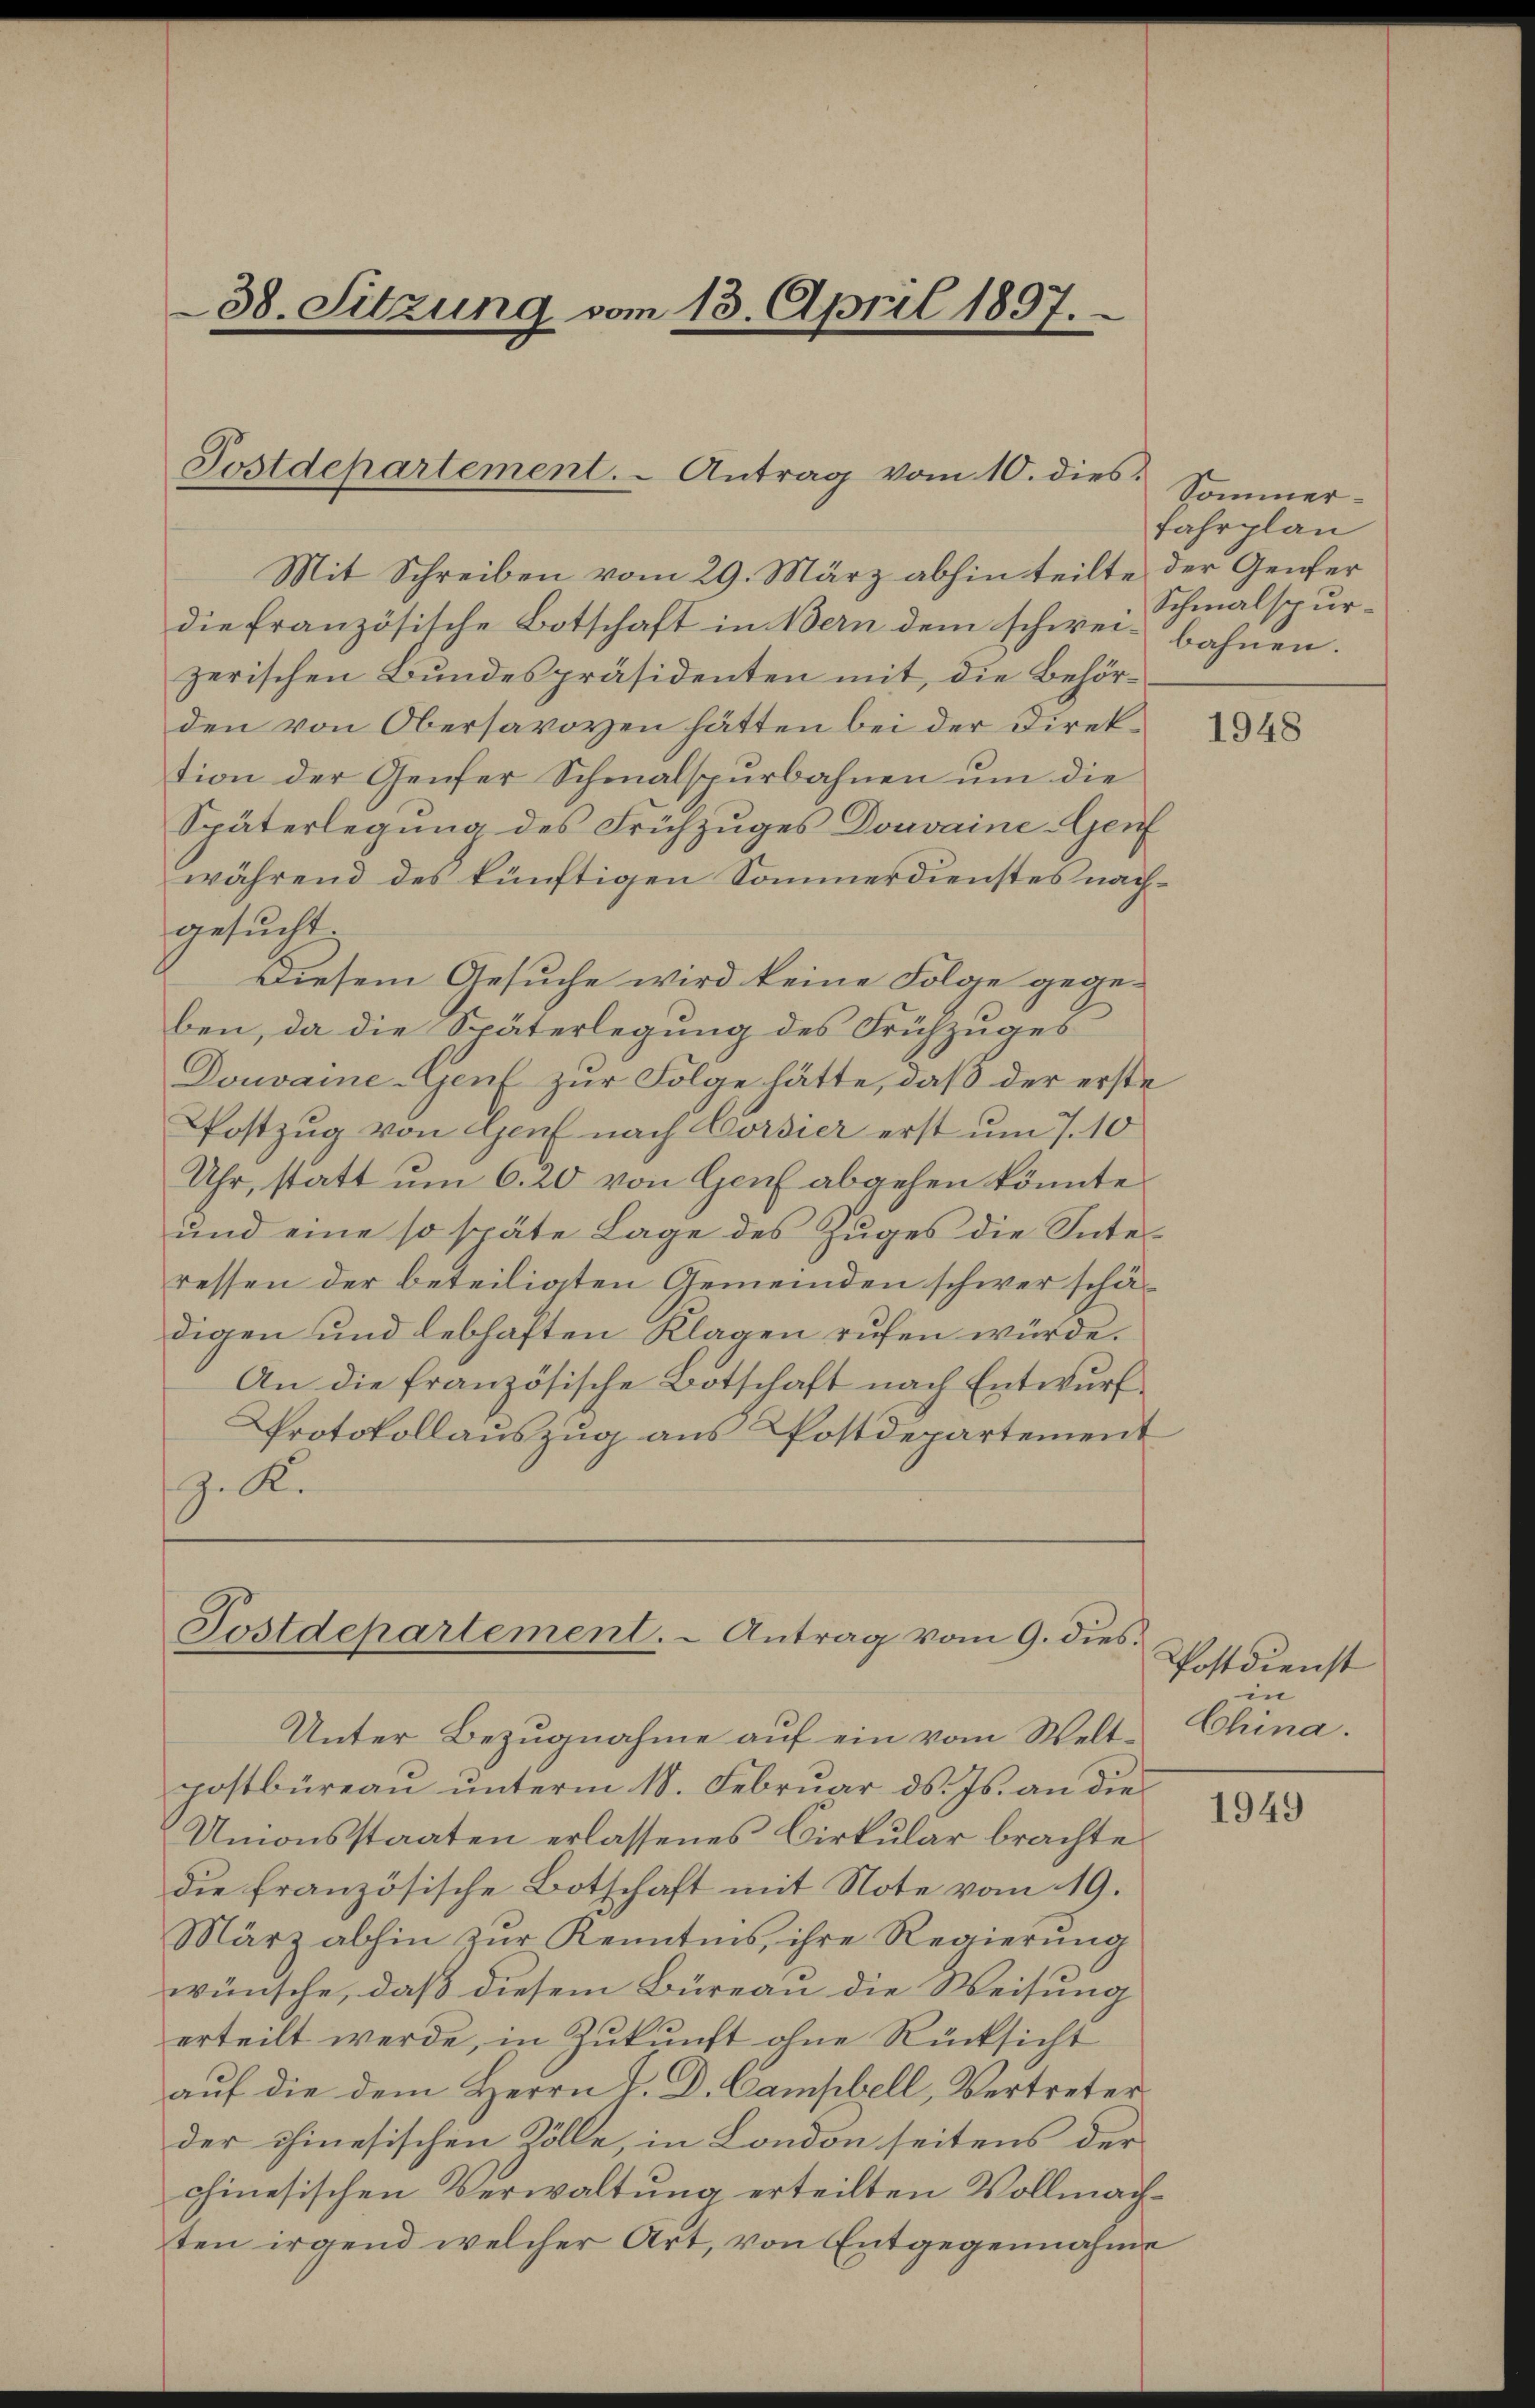
38. Sitzung vom 13. April 1897.

Postdepartement. - Antrag vom 10. dies.

Mit Schreiben vom 29. März abhin teilte der Genfer
die französische Botschaft in Bern dem schwei- bahnen.
zerischen Bundespräsidenten mit, die Behörden von Obersavoyen hätten bei der Direktion der Genfer Schmalspurbahnen um die
Späterlegung des Frühzuges Donvaine-Genf
während des künftigen Sommerdienstes nachgesucht
Diesem Gesuche wird keine Folge gege-
ben, da die Späterlegung des Frühzuges
Douvaine-Genf zur Folge hätte, daß der erste
Pfostzug von Genf nach Corsier erst um 7. 10
Uhr, statt um 6. 20 von Genf abgehen könnte.
und eine so späte Lage des Zuges die Interessen der beteiligten Gemeinden schwer schädigen und lebhaften Klagen rufen würde.
An die französische Botschaft nach Entwurf
Protokollauszug aus Postdepartement
J. Ke

Postdepartement. - Antrag vom 9. dies¬

Sommer¬
Fahrplan
Schmalspur-

Unter Bezugnahme auf ein vom Weltpostbüreau unterm 18. Februar ds. Js. an die
Umonsstaaten erlassenes Cirkular brachte
die französische Botschaft mit Note vom 19.
März abhin zur Kenntnis, ihre Regierung
wünsche, daß diesem Büreau die Weisung
erteilt werde, in Zukunft ohne Rücksicht
auf die dem Herrn P. D. Campbell, Vertreter
der chinesischen Zölle, in London seitens der
chinesischen Verwaltung erteilten Vollmachten irgend welcher Art, von Entgegennahme

1948

Postdienst
in
China.

1949